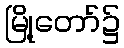
မြို့တော်၌